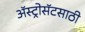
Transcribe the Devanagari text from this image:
ॲस्ट्रोसॅटसाठी